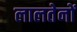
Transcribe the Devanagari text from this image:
लालतेनों